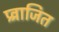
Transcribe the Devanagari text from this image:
प्र्व्राजित